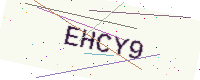
Text: EHCY9